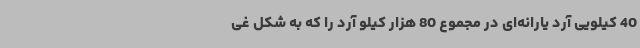
40 کیلویی آرد یارانه‌ای در مجموع 80 هزار کیلو آرد را که به شکل غی